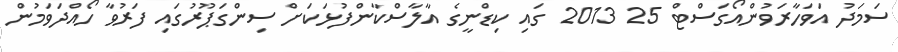
ސަމަދު އަވަހާރަވުންއޯގަސްޓް 25 2013 ގައި ކިޑްނީގެ އާލާސްކާންފުޅަކަށް ސިންގަޕޫރުގައި ފަރުވާ ހޯއްދަވަމުން